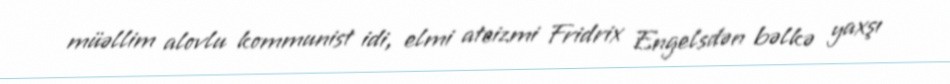
müəllim alovlu kommunist idi, elmi ateizmi Fridrix Engelsdən bəlkə yaxşı